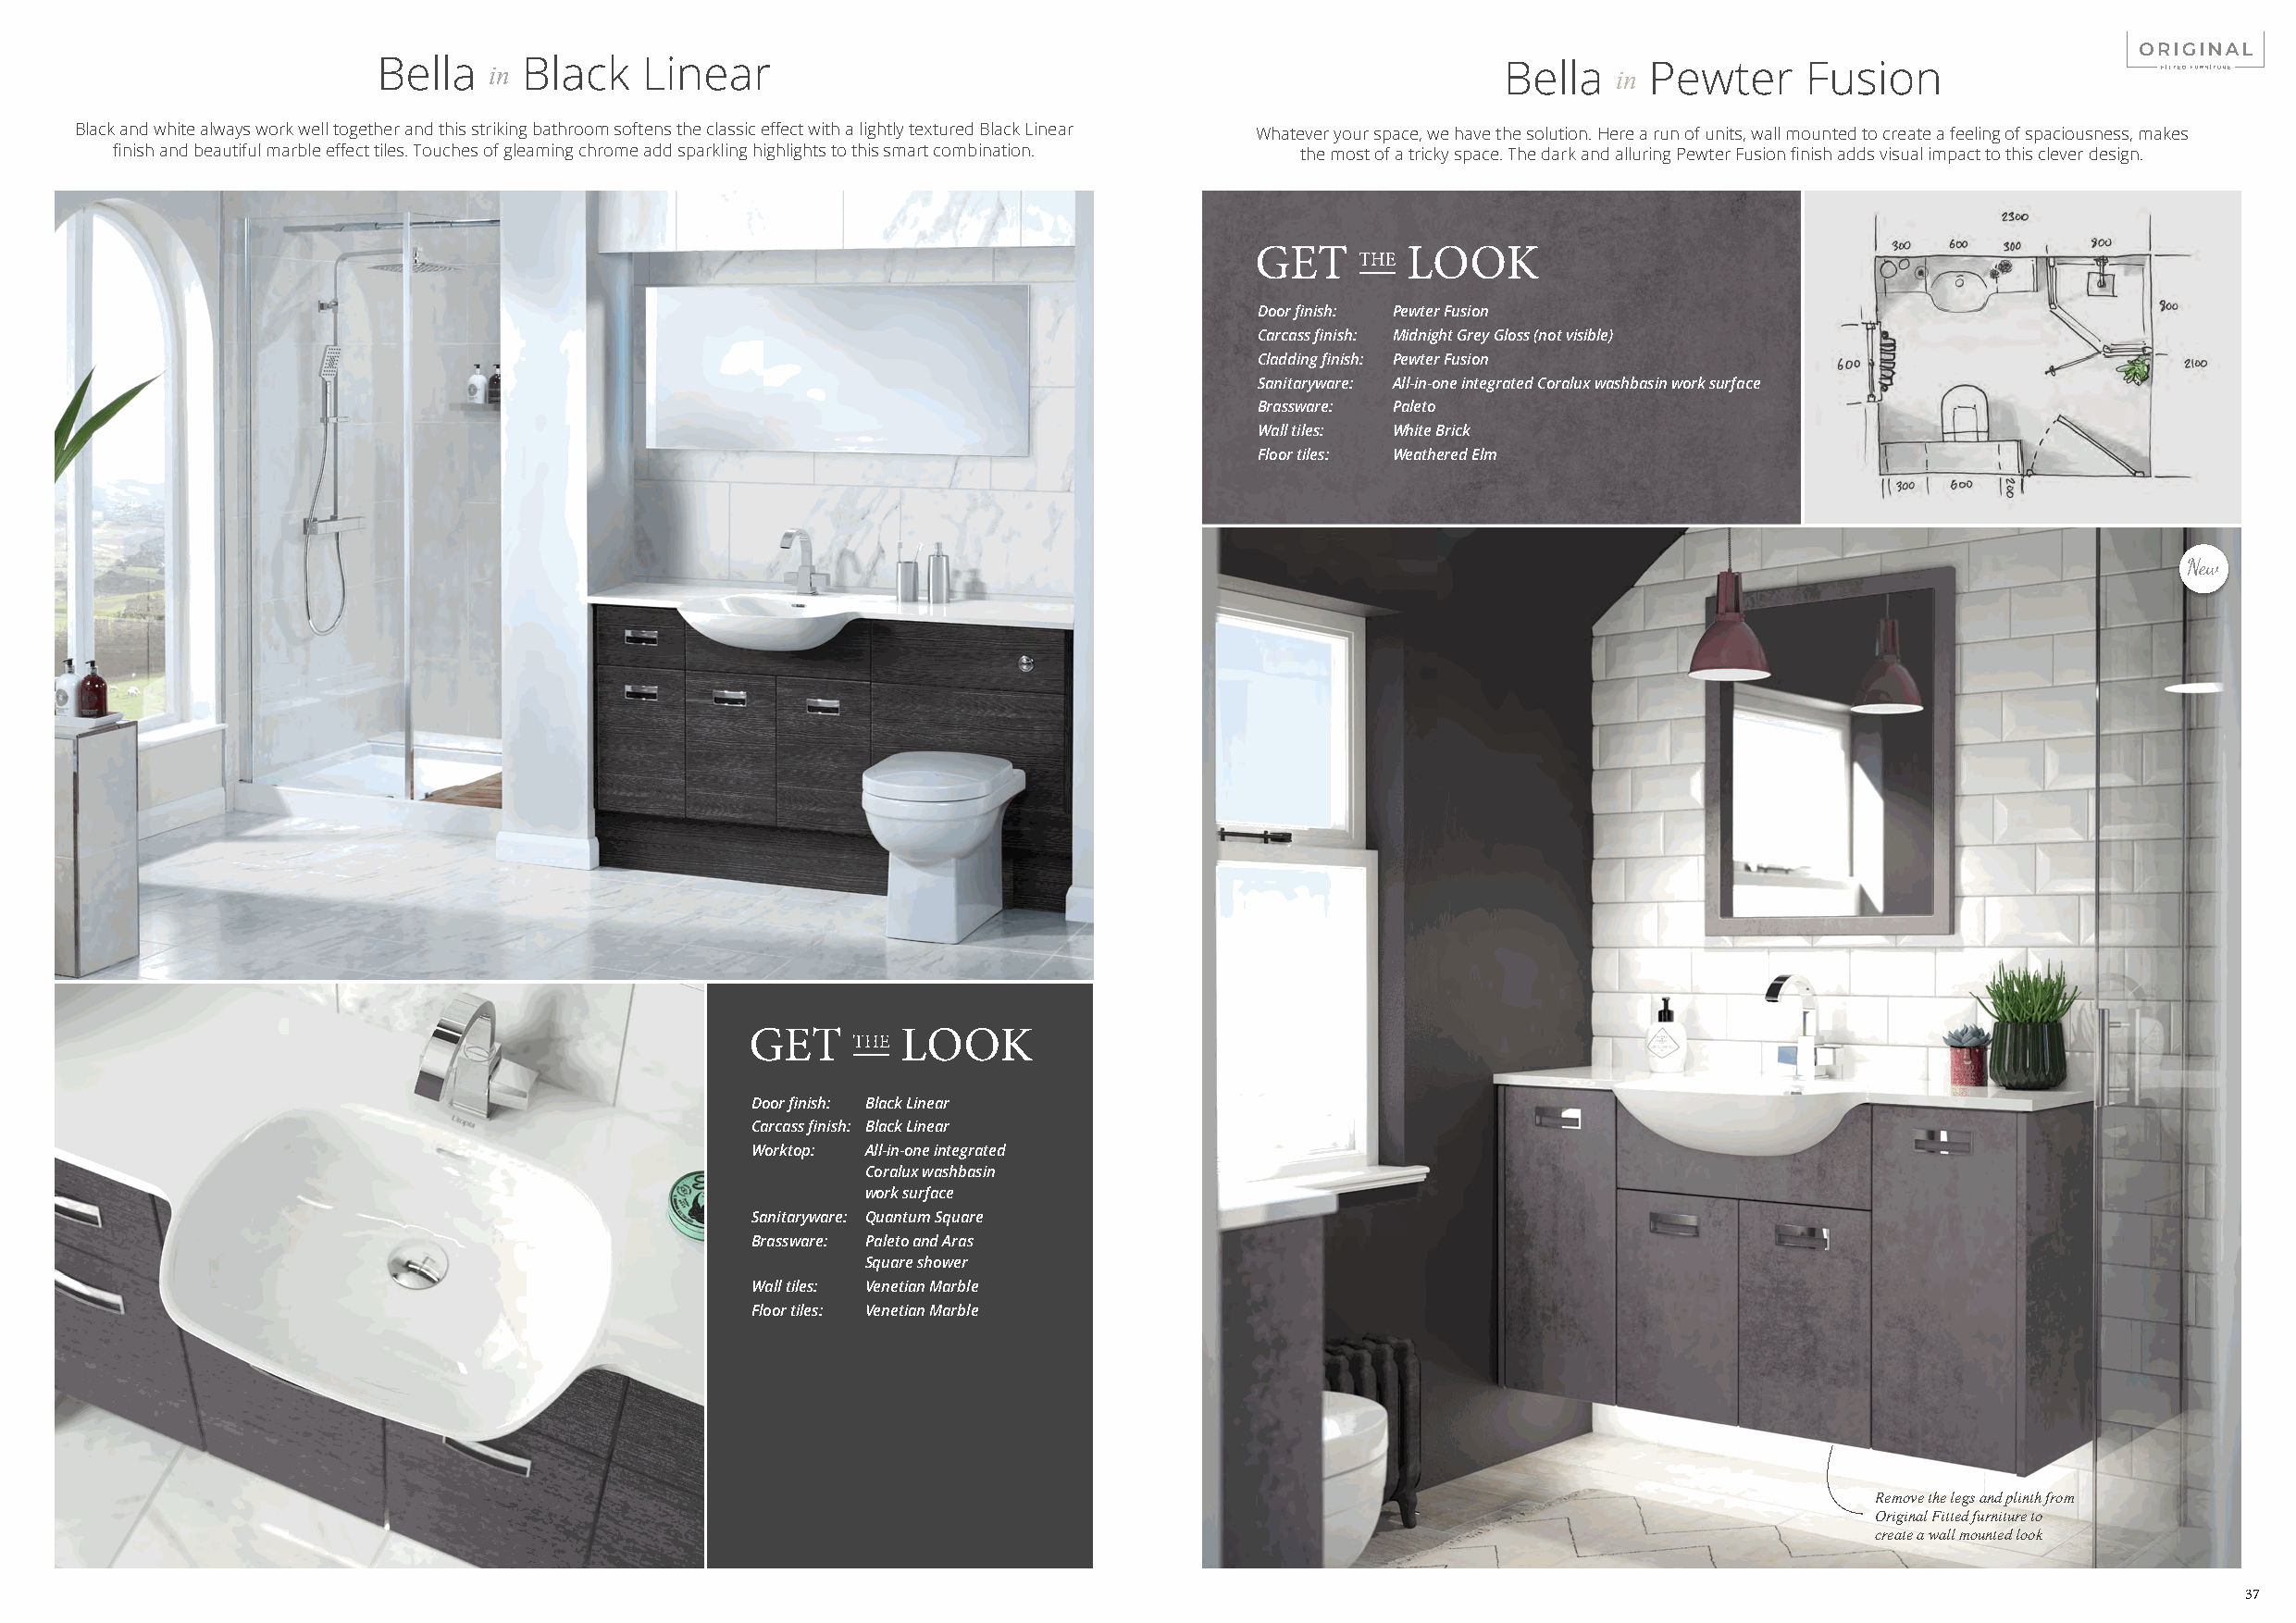
Bella   in Black   Linear                                                        Bella   in Pewter    Fusion
 Black and white always work well together and this striking bathroom softens the classic effect with a lightly textured Black Linear Whatever your space, we have the solution. Here a run of units, wall mounted to create a feeling of spaciousness, makes
 finish and beautiful marble effect tiles. Touches of gleaming chrome add sparkling highlights to this smart combination. the most of a tricky space. The dark and alluring Pewter Fusion finish adds visual impact to this clever design.
 Door finish: Pewter Fusion
 Carcass finish: Midnight Grey Gloss (not visible)
 Cladding finish: Pewter Fusion
 Sanitaryware: All-in-one integrated Coralux washbasin work surface
 Brassware: Paleto
 Wall tiles: White Brick
 Floor tiles: Weathered Elm
 Door finish: Black Linear
 Carcass finish: Black Linear
 Worktop: All-in-one integrated
 Coralux washbasin
 work surface
 Sanitaryware: Quantum Square
 Brassware: Paleto and Aras
 Square shower
 Wall tiles: Venetian Marble
 Floor tiles: Venetian Marble
 Remove the legs and plinth from
 Original Fitted furniture to
 create a wall mounted look
 37